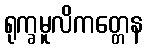
ရုက္ခမူလိကတ္တေန